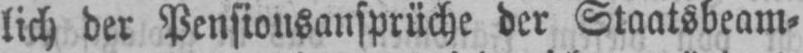
lich der Pensionsansprüche der Staatsbeam⸗